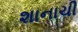
શાનાચી